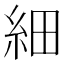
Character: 細